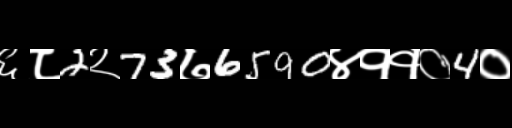
Text: ६८2२73७6590४११०4०